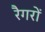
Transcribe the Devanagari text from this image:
रैगरों